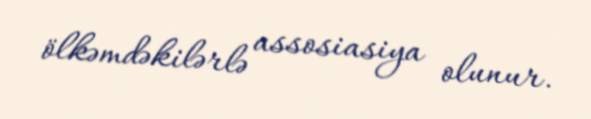
ölkəmdəkilərlə assosiasiya olunur.